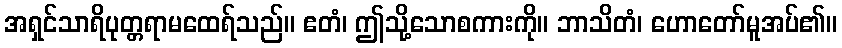
အရှင်သာရိပုတ္တရာမထေရ်သည်။ ဧတံ၊ ဤသို့သောစကားကို။ ဘာသိတံ၊ ဟောတော်မူအပ်၏။